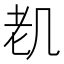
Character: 𱻨